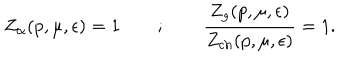
Z _ { \alpha } ( p , \mu , \epsilon ) = 1 \qquad ; \qquad \frac { Z _ { g } ( p , \mu , \epsilon ) } { Z _ { \mathrm { c h } } ( p , \mu , \epsilon ) } = 1 .